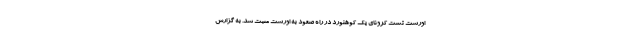
اورست تست کرونای یک کوهنورد در راه صعود به اورست مثبت شد. به گزارش